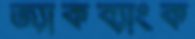
জ্যাকব্যাংক